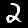
Digit: 2